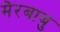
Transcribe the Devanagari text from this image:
मेरबाबु